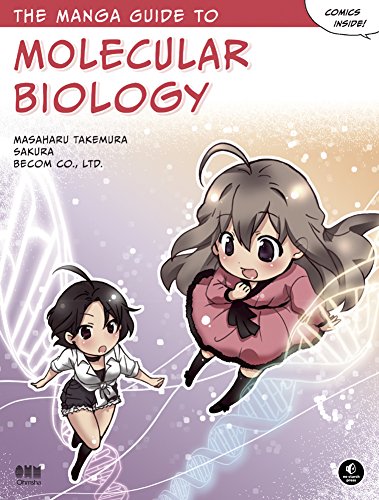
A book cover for The Manga Guide to Molecular Biology; Masaharu Takemura; Comics & Graphic Novels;